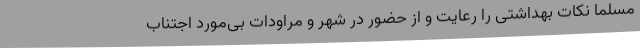
مسلماً نکات بهداشتی را رعایت و از حضور در شهر و مراودات بی‌مورد اجتناب